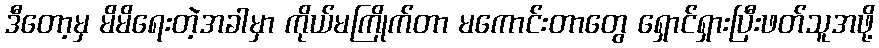
ဒီတော့မှ မိမိရေးတဲ့အခါမှာ ကိုယ်မကြိုက်တာ မကောင်းတာတွေ ရှောင်ရှားပြီးဖတ်သူအဖို့